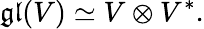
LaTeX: \mathfrak{gl}(V)\simeq V\otimes V^{*}.